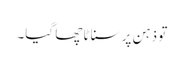
تو ذہن پر سناٹا چھا گیا۔